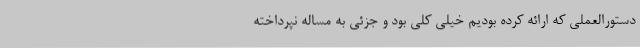
دستورالعملی که ارائه کرده بودیم خیلی کلی بود و جزئی به مساله نپرداخته